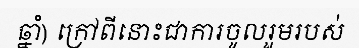
ឆ្នាំ) ក្រៅពីនោះជាការចូលរួមរបស់